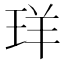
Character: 珜